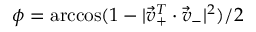
\phi = \operatorname { a r c c o s } ( 1 - | \vec { v } _ { + } ^ { T } \cdot \vec { v } _ { - } | ^ { 2 } ) / 2